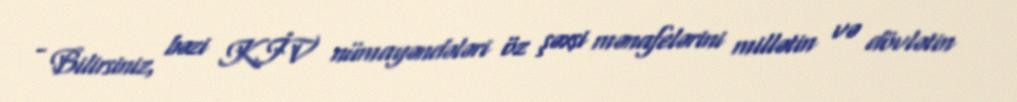
- Bilirsiniz, bəzi KİV nümayəndələri öz şəxsi mənafelərini millətin və dövlətin